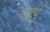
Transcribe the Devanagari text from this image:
जटपु